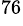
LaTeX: ^{76}